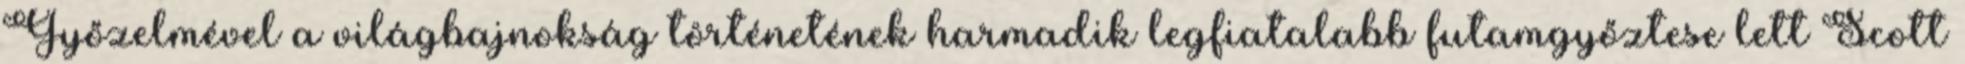
Győzelmével a világbajnokság történetének harmadik legfiatalabb futamgyőztese lett Scott